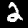
Label: 2